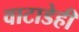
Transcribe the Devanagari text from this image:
वाटाडेही